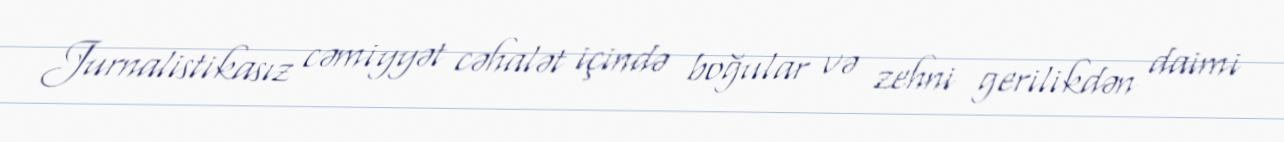
Jurnalistikasız cəmiyyət cəhalət içində boğular və zehni gerilikdən daimi